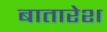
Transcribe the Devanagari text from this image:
बातारेश